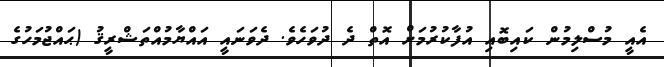
އެއީ މުސްލިމުން ކައިބޮއި އުފާކުރުމަށް އޮތް ދެ ދުވަހެވެ. ދެވަނައީ އައްޔާމުއްތަޝްރީޤު (ޙައްޖުމަހުގެ